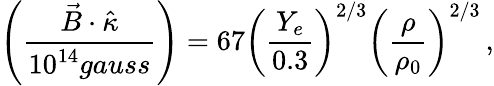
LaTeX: \left(\frac{\vec{B}\cdot\hat{\kappa}}{10^{14}gauss}\right)=67\left(\frac{Y_{e}}{0.3}\right)^{2/3}\left(\frac{\rho}{\rho_{0}}\right)^{2/3}\, ,